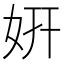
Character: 姸